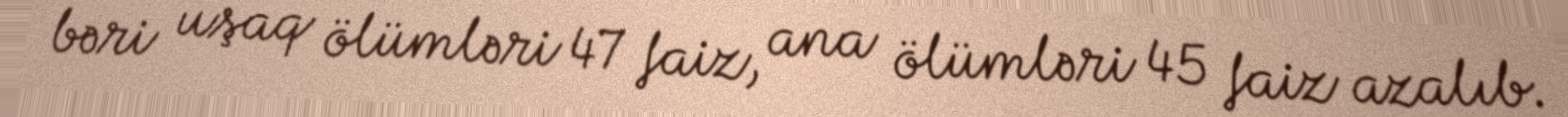
bəri uşaq ölümləri 47 faiz, ana ölümləri 45 faiz azalıb.